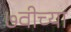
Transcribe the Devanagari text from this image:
७वीच्या